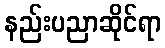
နည်းပညာဆိုင်ရာ